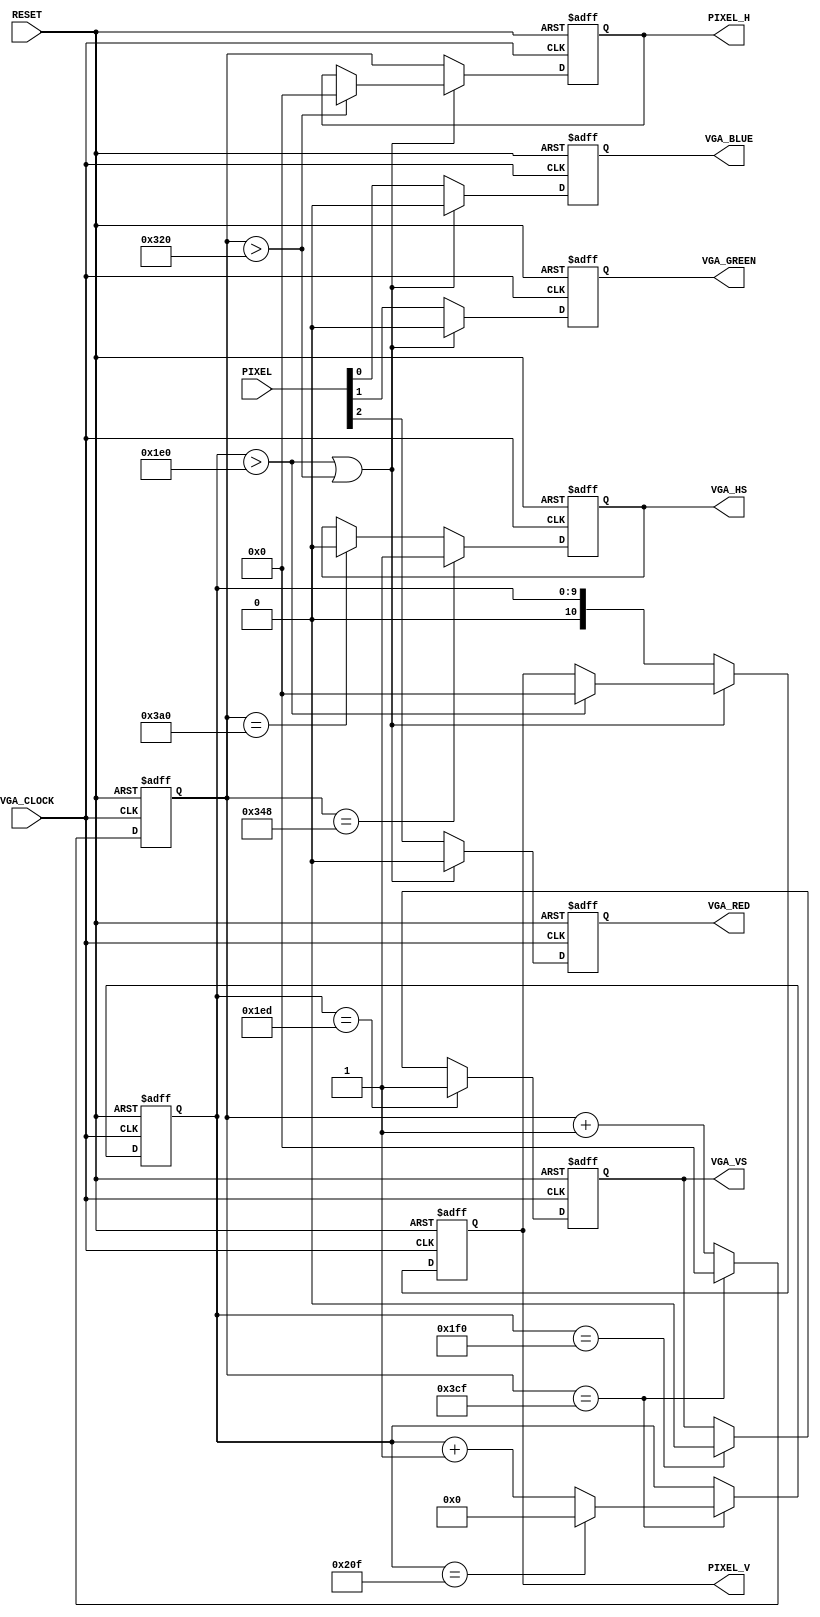

/*
 * VGA 800x480 screen
 *
 * 3 bit colour - 1 red, 1 green, 1 blue
 *
 * The screen I'm using
 * http://www.amazon.co.uk/gp/product/B00IR5VRS4?psc=1&redirect=true&ref_=oh_aui_detailpage_o00_s01
 */
 
module vga_driver (
    RESET,
    VGA_CLOCK,
    PIXEL,
    PIXEL_H,
    PIXEL_V,
    VGA_RED,
    VGA_GREEN,
    VGA_BLUE,
    VGA_HS,
    VGA_VS
);
    input RESET;
    input VGA_CLOCK;
    input [2:0] PIXEL; // 1 red, 1 green, 1 blue
    output [10:0] PIXEL_H;
    output [10:0] PIXEL_V;
    output VGA_RED;
    output VGA_GREEN;
    output VGA_BLUE;
    output VGA_HS;
    output VGA_VS;

    /* Internal registers for horizontal signal timing */
    reg [10:0] hor_reg; // to count up to 975
    reg [10:0] hor_pixel; // the next pixel
    reg hor_sync;
    wire hor_max = (hor_reg == 975); // to tell when a line is full

    /* Internal registers for vertical signal timing */
    reg [9:0] ver_reg; // to count up to 527
    reg [10:0] ver_pixel; // the next pixel
    reg ver_sync;
    reg red, green, blue;
    wire ver_max = (ver_reg == 527); // to tell when a line is full


    // Track the pixel count
    always @ (posedge VGA_CLOCK or posedge RESET) begin

        if (RESET) begin 
            hor_reg <= 0;
            ver_reg <= 0;
        end
        else if (hor_max) begin
            hor_reg <= 0;

            // end of screen
            if (ver_max) begin
                ver_reg <= 0;
            end else begin
                ver_reg <= ver_reg + 1'b1;
            end
        end else begin
            hor_reg <= hor_reg + 1'b1;
        end

    end
    
    always @ (posedge VGA_CLOCK or posedge RESET) begin
    
        if (RESET) begin 
            hor_sync <= 0;
            ver_sync <= 0;
            
            red <= 0;
            green <= 0;
            blue <= 0;
            
            hor_pixel <= 0;
            ver_pixel <= 0;
        end
        else begin

            // Generating the horizontal sync signal 
            if (hor_reg == 840) begin          // video (800) + front porch (40)
                hor_sync <= 1;                 // turn on horizontal sync pulse
            end else if (hor_reg == 928) begin // video (800) + front porch (40) + Sync Pulse (88)
                hor_sync <= 0;                 // turn off horizontal sync pulse
            end
            
            // Generating the vertical sync signal 
            if (ver_reg == 493) begin          // LINES: video (480) +  front porch (13)
                ver_sync <= 1;                 // turn on vertical sync pulse
            end else if (ver_reg == 496) begin // LINES: video (480) + front porch (13) + Sync Pulse (3)
                ver_sync <= 0;                 // turn off vertical sync pulse
            end
                
            // black during the porches
            if (ver_reg > 480 || hor_reg > 800) begin
                red <= 0;
                green <= 0;
                blue <= 0;
                
                if (ver_reg > 480) begin
                    ver_pixel <= 0;
                end 
                if (hor_reg > 800) begin
                    hor_pixel <= 0;
                end 
                
            end
            
            else begin
                hor_pixel <= hor_reg;
                ver_pixel <= ver_reg;
                
                // Draw the pixel.
                red   <= PIXEL[2];
                green <= PIXEL[1];
                blue  <= PIXEL[0];

            end
        end
    end

    // Send the sync signals to the output.
    assign VGA_HS = hor_sync;
    assign VGA_VS = ver_sync;
 
    assign VGA_RED =  red;
    assign VGA_GREEN = green;
    assign VGA_BLUE = blue;
    
    assign PIXEL_H = hor_pixel;
    assign PIXEL_V = ver_pixel;
    
endmodule